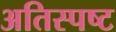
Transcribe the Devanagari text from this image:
अतिस्पष्ट